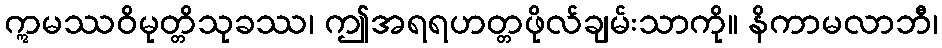
ဣမဿဝိမုတ္တိသုခဿ၊ ဤအရရဟတ္တဖိုလ်ချမ်းသာကို။ နိကာမလာဘီ၊